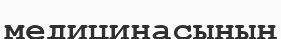
медицинасының